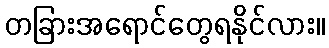
တခြားအရောင်တွေရနိုင်လား။